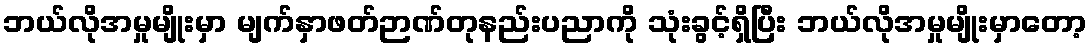
ဘယ်လိုအမှုမျိုးမှာ မျက်နှာဖတ်ဉာဏ်တုနည်းပညာကို သုံးခွင့်ရှိပြီး ဘယ်လိုအမှုမျိုးမှာတော့